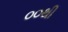
૦૦થી